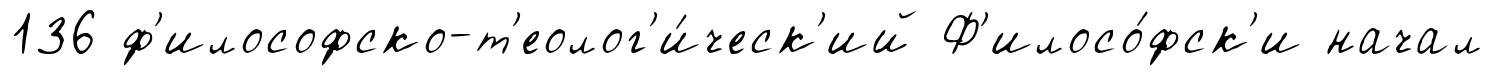
136 ф'илософско-т'еолог'и́ческ'ий Ф'илосо́фск'и начал